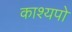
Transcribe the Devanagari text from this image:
काश्यपो